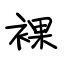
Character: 裸